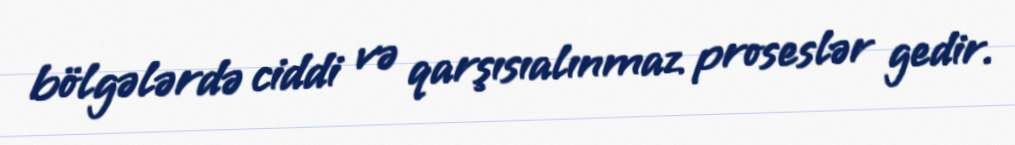
bölgələrdə ciddi və qarşısıalınmaz proseslər gedir.